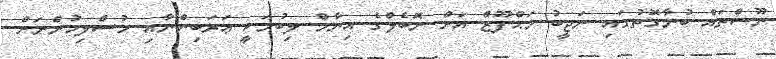
ނޫސްތައް ބުނާގޮތުގައި ނަޖީބު މަޙްފޫޒް އަށް ނޮބެލްގެ އިނާމް ލިބުމަކީ ޢަރަބިންނާއި މުސްލިމުންނަށް